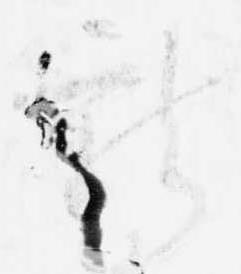
龍